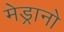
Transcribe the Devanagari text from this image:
मेड्रानो